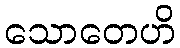
သောတေဟိ